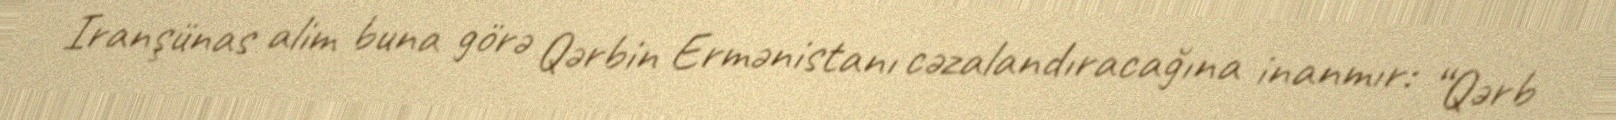
Iranşünas alim buna görə Qərbin Ermənistanı cəzalandıracağına inanmır: “Qərb